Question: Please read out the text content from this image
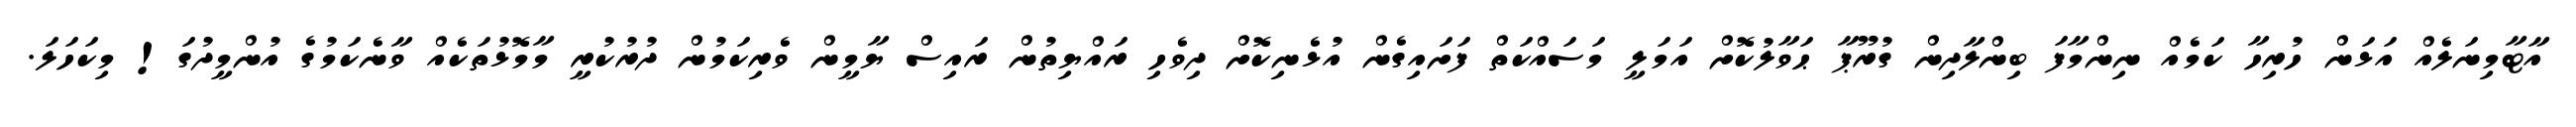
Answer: އާޓާމިނަލެއް އަޅަން ހުރިހާ ކަމެއް ނިންމާފަ ބިންލާދިން ގުރޫޕާ ޙަވާލުކޮށް އަމަލީ މަސައްކަތް ފަށައިގެން އުޅެނިކޮށް ދިވެހި ރައްޔިތުން ރައިސް ޔާމީން ވެރިކަމުން ދުރުކުރީ މާމޮޅުތަކެއް ވާނެކަމުގެ އުންމީދުގަ! މިކަހަލަ.